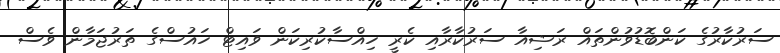
ސަރުކާރުގެ ކަންބޮޑުވުންތައް ރަޝިއާ ސަރުކާރާއި ކެރީ ހިއްސާކުރިކަން ވައިޓް ހައުސްގެ ތަރުޖަމާން ވެސް